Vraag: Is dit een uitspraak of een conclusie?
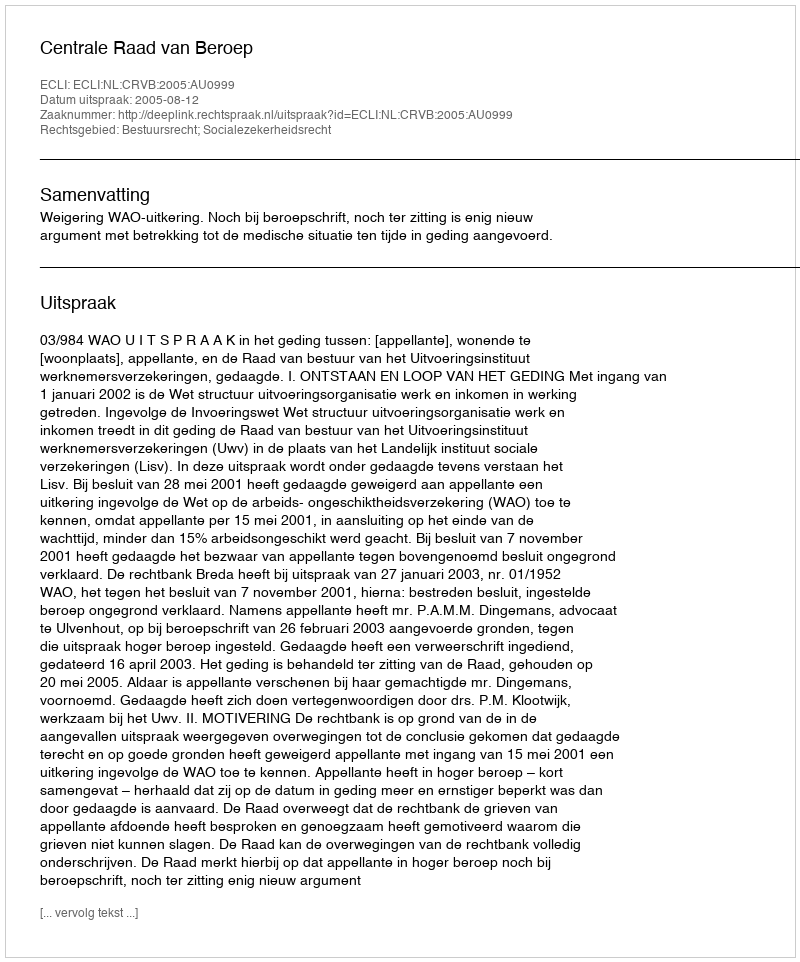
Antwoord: Uitspraak